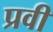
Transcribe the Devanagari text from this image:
प्रवी